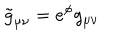
\tilde { g } _ { \mu \nu } = e ^ { \phi } g _ { \mu \nu }